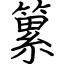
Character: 䉂